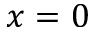
x = 0